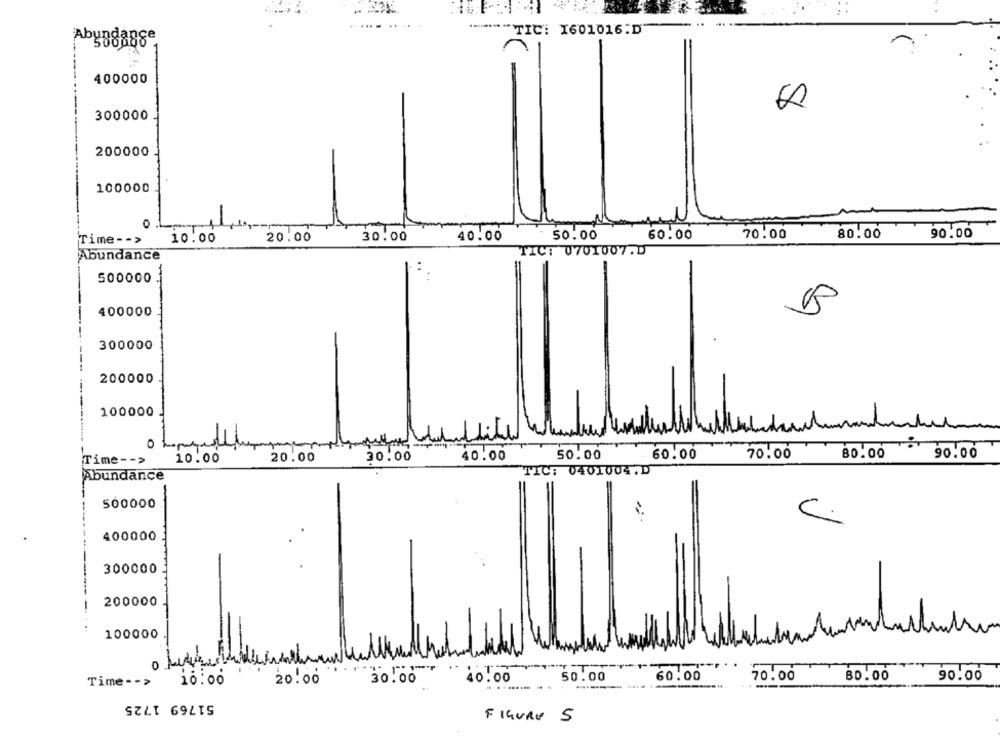
""TIC: 1601016.D"
Abyndanse
400000
300000
200000
100000
0
10.00
20.00
30.00
40.00
60.00
70.00
80.00
90.00
Time- - >
TIC: 0701007.D
Abundance
500000.
400000
300000
200000
100000
Time -- >
10.00
20.00
30.00
40.00
50.00
60.00
70.00
80.00
90.00
TIC: 0401004.D
Abundance
500000
C.
400000
300000
200000
100000
0
90.00
Time - - >
10:00
20.00
30.00
40.00
50.00
60.00
---
70.00
80.00
51769 1725
FIGURE 5